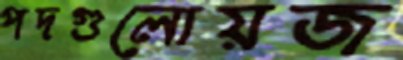
পদগুলোয়জ